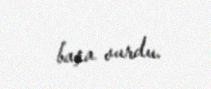
başa vurdu.